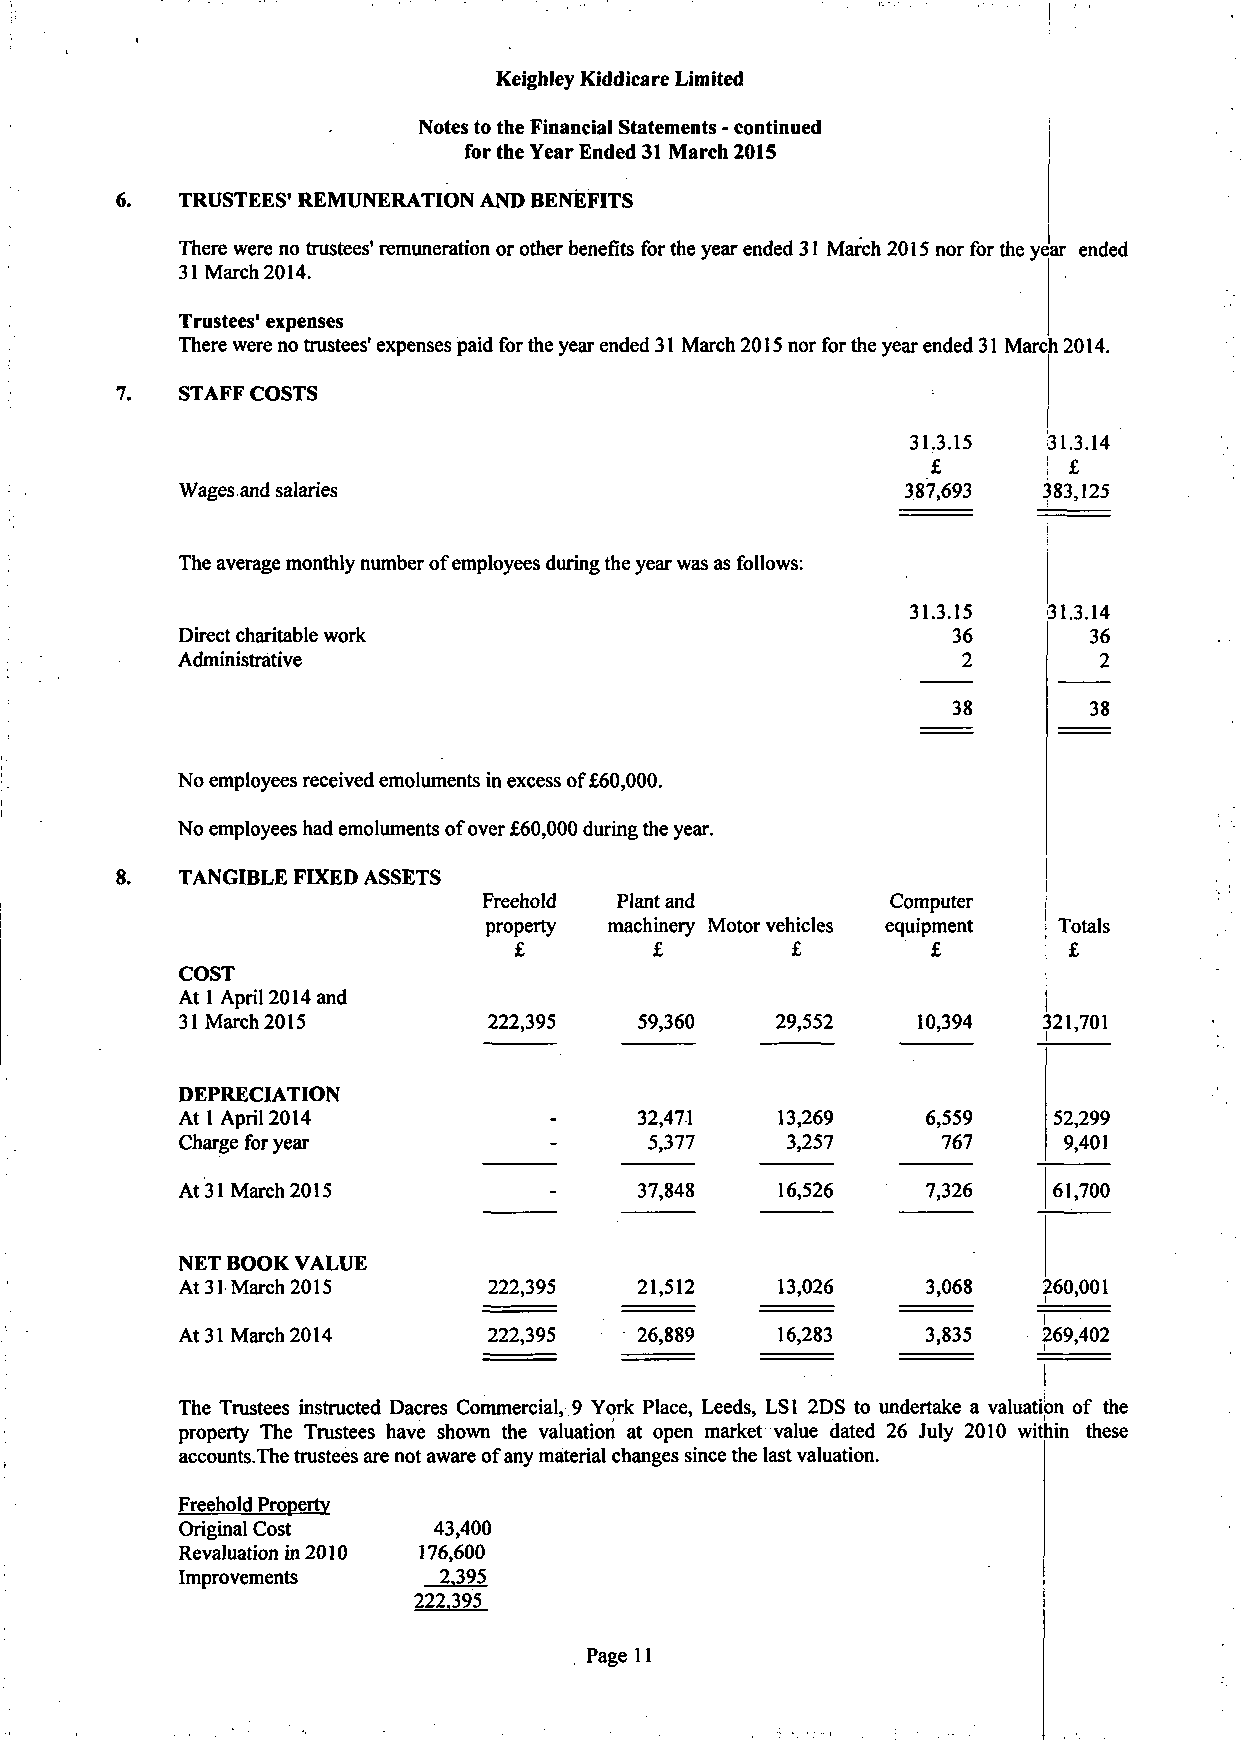
!
 Keighley Kiddicare Liniited
 Notes to the Financial Statements - continued
 for the Year Ended 31 March 2015
 TRUSTEES' REMUNERATION AND BENEFITS
 There were no trustees' remuneration or other benefits for the year ended 31 March 2015 nor for the year ended
 31 March 2014.
 Trustees' expenses
 There were no trustees' expenses paid for the year ended 31 March 2015 nor for the year ended 31 March 2014.
 STAFF COSTS
 31.3.15  31.3.14
 £      ! £
 Wages and salaries                              387,693  383,125
 The average monthly number of employees during the year was as follows:
 31.3.15  31.3.14
 Direct charitable work                             36       36
 Administrative                                      2        2
 38       38
 No employees received emoluments in excess of £60,000.
 No employees had emoluments of over £60,000 during the year.
 TANGIBLE FIXED ASSETS
 Freehold Plant and         Computer
 property machinery Motor vehicles equipment Totals
 £        £        £         £        £
 COST
 At 1 April 2014 and
 31 March 2015       222,395   59,360   29,552    10,394  321,701
 DEPRECIATION
 At 1 April 2014               32,471   13,269    6,559    52,299
 Charge for year                5,377    3,257     767     9,401
 At 31 March 2015              37,848    16,526   7,326    61,700
 NET BOOK VALUE
 At 31 March 2015    222,395   21,512   13,026    3,068   260,001
 At 31 March 2014    222,395   26,889   16,283    3,835   269,402
 The Trustees instructed Dacres Commercial, 9 York Place, Leeds, LSI 2DS to undertake a valuation of the
 property The Trustees have shown the valuation at open market value dated 26 July 2010 within these
 accounts.The trustees are not aware of any material changes since the last valuation.
 Freehold Propertv
 Original Cost    43,400
 Revaluation in 2010 176,600
 Improvements     2.395
 222.395
 Page 11